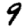
Digit: 9